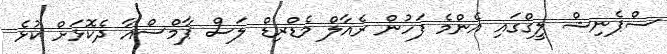
ސްޕެނިޝް ލީގްގައި އެންމެ ފަހުން ރެއާލް މެޑްރިޑް ލަސް ޕާމްސްއާ ދެކޮޅަށް ކުޅެ